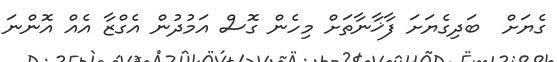
ގެޔަށް  ބަދިގެޔަށަ ފާޚާނާތަށް މިހެން ގޮސް އަމުދުން އެގްޒާ އެއް އޮންނަ